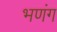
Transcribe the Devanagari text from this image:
भणंग